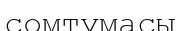
сомтумасы